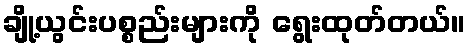
ချို့ယွင်းပစ္စည်းများကို ရွေးထုတ်တယ်။